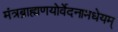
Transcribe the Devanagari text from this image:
मंत्रब्राह्मणयोर्वेदनामधेयम्